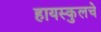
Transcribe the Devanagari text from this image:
हायस्‍कुलचे